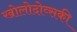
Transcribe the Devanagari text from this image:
खोलोदोव्सकी